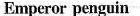
Emperor penguin